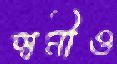
স্বমীও